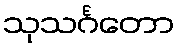
သုသင်္ဂတော